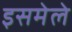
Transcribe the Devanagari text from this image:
इसमेले